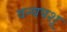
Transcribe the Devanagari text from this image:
वन्यपशू